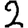
Digit: 2